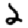
Digit: 2